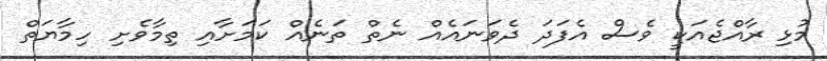
މުޅި ރާއްޖެއަކީ ވެސް އެފަދަ ދެވަނައެއް ނެތް ތަނެއް ކަމަށާއި ތިމާވެށި ހިމާޔަތް